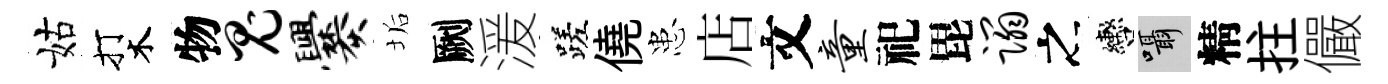
姑打木物鬼爨垢劂湲蹉僥患店文童祀毘蹋之轡囁精拄儼